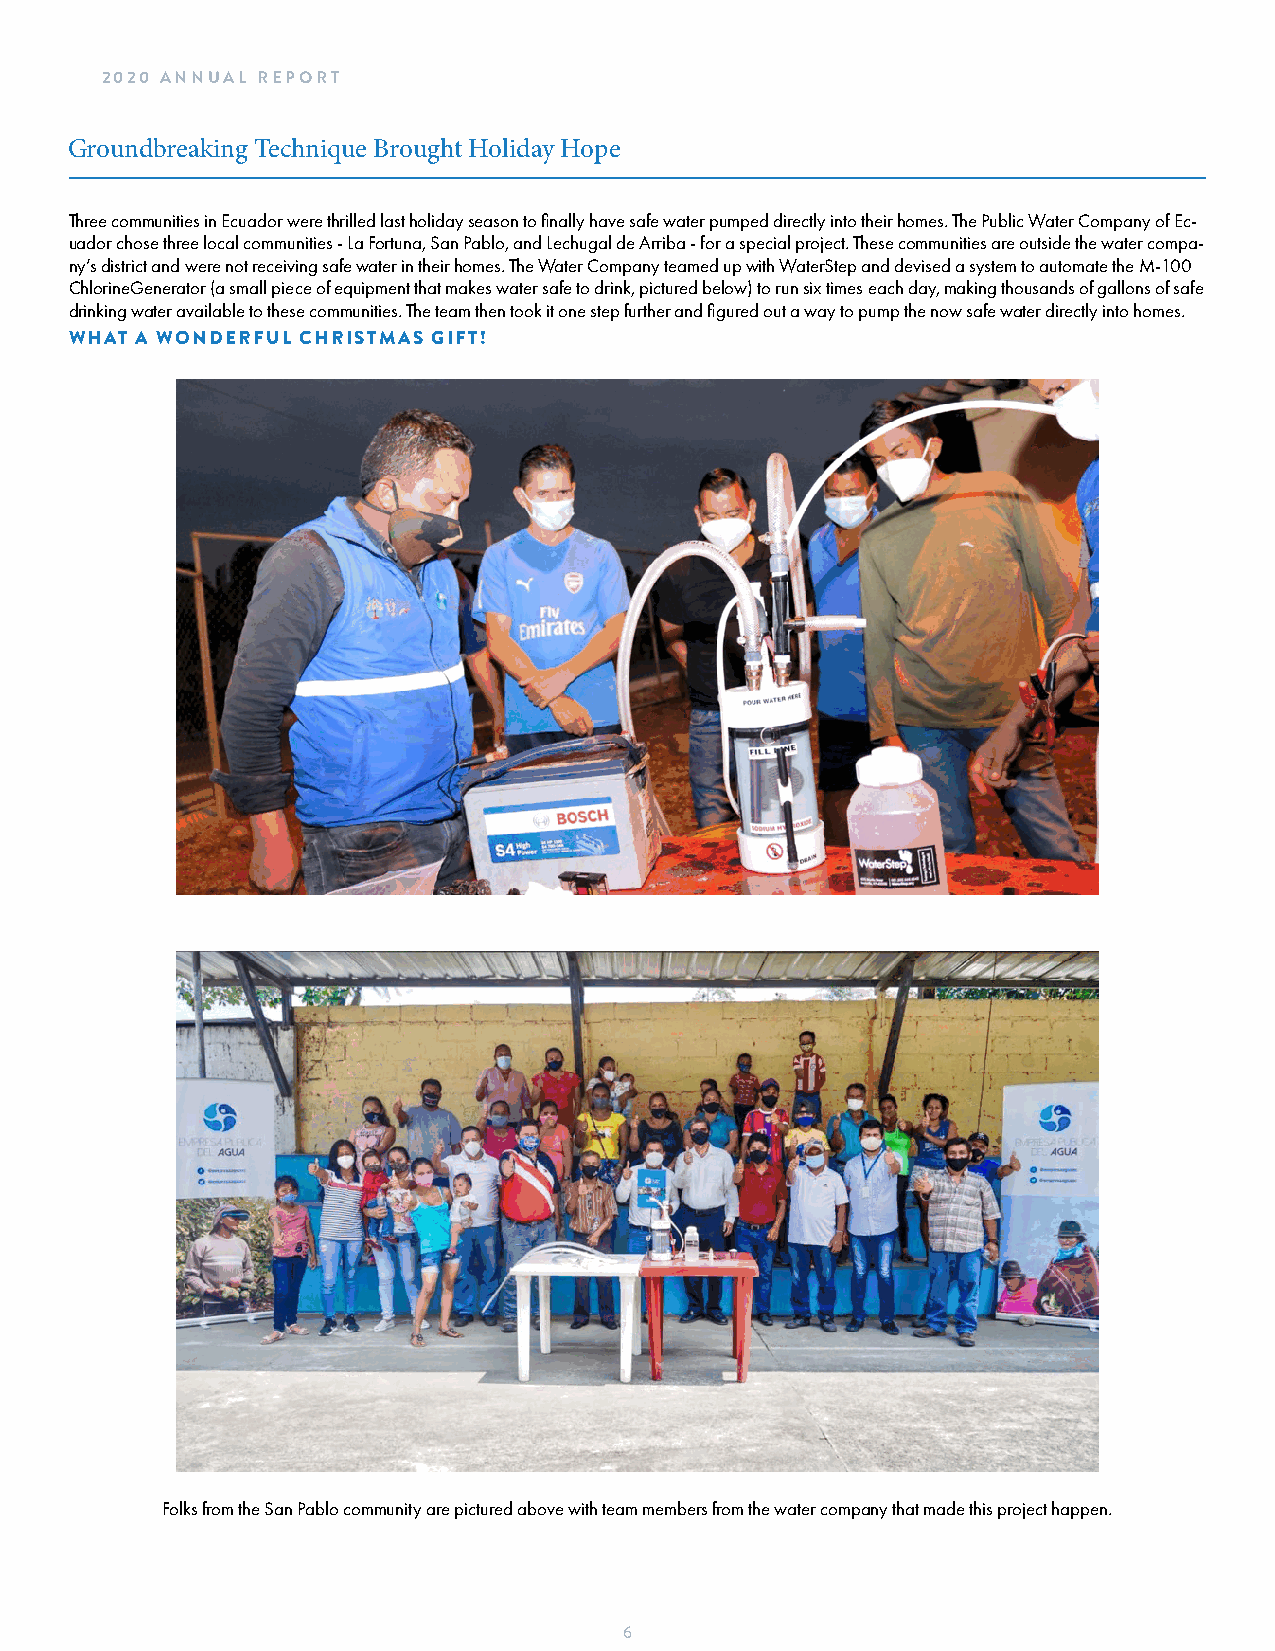
2020 ANNUAL REPORT
 Groundbreaking Technique Brought Holiday Hope
 Three communities in Ecuador were thrilled last holiday season to finally have safe water pumped directly into their homes. The Public Water Company of Ec-
 uador chose three local communities - La Fortuna, San Pablo, and Lechugal de Arriba - for a special project. These communities are outside the water compa-
 ny’s district and were not receiving safe water in their homes. The Water Company teamed up with WaterStep and devised a system to automate the M-100
 ChlorineGenerator (a small piece of equipment that makes water safe to drink, pictured below) to run six times each day, making thousands of gallons of safe
 drinking water available to these communities. The team then took it one step further and figured out a way to pump the now safe water directly into homes.
 WHAT A WONDERFUL CHRISTMAS GIFT!
 Folks from the San Pablo community are pictured above with team members from the water company that made this project happen.
 6